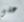
على